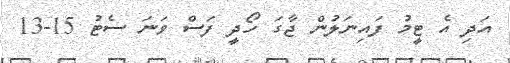
އަދި އެ ޓީމު ފައިނަލުން ޖާގަ ހޯދީ ފަސް ވަނަ ސެޓު 15-13